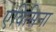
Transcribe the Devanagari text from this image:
एविसिना